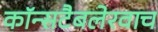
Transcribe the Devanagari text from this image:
कॉन्सटैबलेरवाच